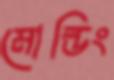
মোল্ডিং